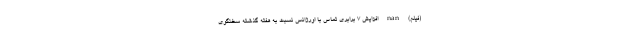
(فیلم) nan افزایش 7 برابری تماس با اورژانس نسبت به هفته گذشته سخنگوی